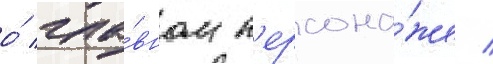
о́ гла́вном п'ерсона́же /